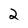
Character: 2